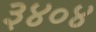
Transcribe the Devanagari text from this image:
३४०४